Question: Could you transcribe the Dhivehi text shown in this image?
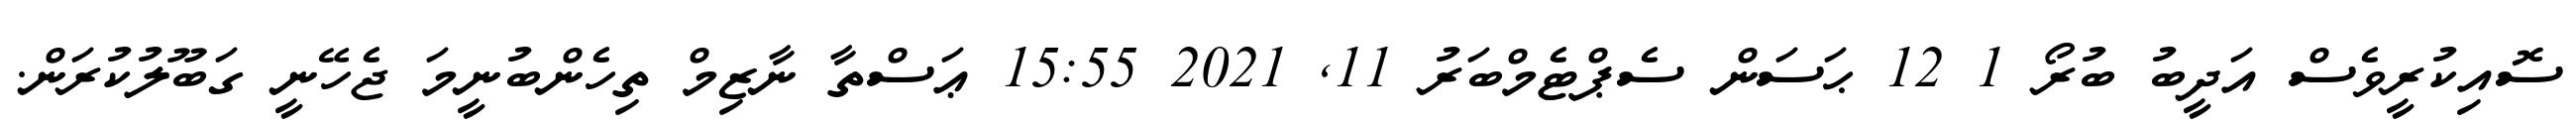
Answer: ސޮއިކުރީވެސް އަދީބު ބުރޯ 1 12 ޙަސަން ސެޕްޓެމްބަރު 11, 2021 15:55 ޢަސްތާ ނާޒިމް ތިހެންބުނީމަ ޖެހޭނީ ގަބޫލުކުރަން.